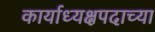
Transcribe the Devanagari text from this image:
कार्याध्यक्षपदाच्या